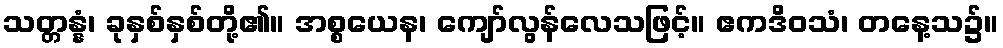
သတ္တန္နံ၊ ခုနှစ်နှစ်တို့၏။ အစ္စယေန၊ ကျော်လွန်လေသဖြင့်။ ဧကဒိဝသံ၊ တနေ့သ၌။